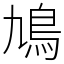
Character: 鳩